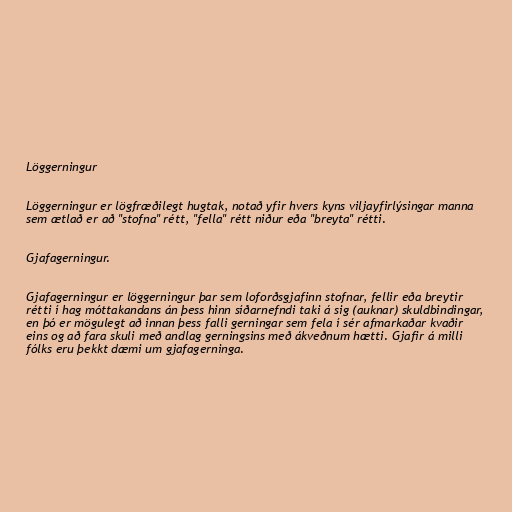
Löggerningur

Löggerningur er lögfræðilegt hugtak, notað yfir hvers kyns viljayfirlýsingar manna
sem ætlað er að "stofna" rétt, "fella" rétt niður eða "breyta" rétti.

Gjafagerningur.

Gjafagerningur er löggerningur þar sem loforðsgjafinn stofnar, fellir eða breytir
rétti í hag móttakandans án þess hinn síðarnefndi taki á sig (auknar) skuldbindingar,
en þó er mögulegt að innan þess falli gerningar sem fela í sér afmarkaðar kvaðir
eins og að fara skuli með andlag gerningsins með ákveðnum hætti. Gjafir á milli
fólks eru þekkt dæmi um gjafagerninga.